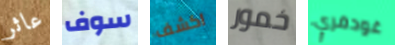
عاثر سوف اكشف خمور غودفري